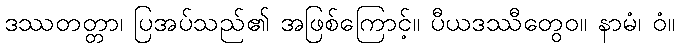
ဒဿတတ္တာ၊ ပြအပ်သည်၏ အဖြစ်ကြောင့်။ ပီယဒဿီတွေဝ။ နာမံ၊ ဝံ။